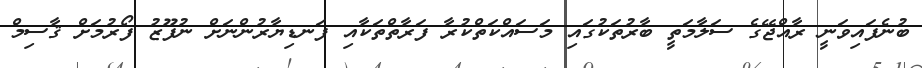
ބުނެފައިވަނީ ރާއްޖޭގެ ސަލާމަތީ ބާރުތަކުގައި މަސައްކަތްކުރާ ފަރާތްތަކާއި ފަނޑިޔާރުންނަށް ނުފޫޒު ފޯރުމަށް ޤާސިމް